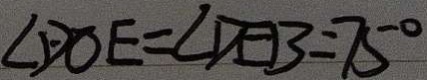
\angle D O E = \angle D E B = 7 5 ^ { \circ }